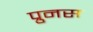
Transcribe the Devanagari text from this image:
प्रुनस